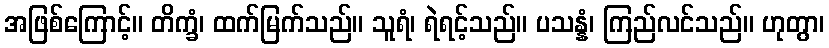
အဖြစ်ကြောင့်။ တိက္ခံ၊ ထက်မြက်သည်။ သူရံ၊ ရဲရင့်သည်။ ပသန္နံ၊ ကြည်လင်သည်။ ဟုတွာ၊